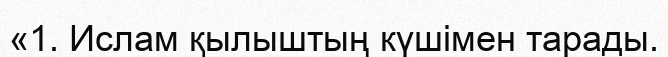
«1. Ислам қылыштың күшімен тарады.